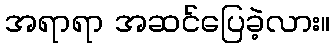
အရာရာ အဆင်ပြေခဲ့လား။